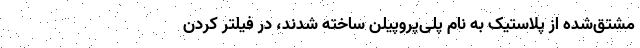
مشتق‌شده از پلاستیک به نام پلی‌پروپیلن ساخته شدند، در فیلتر کردن